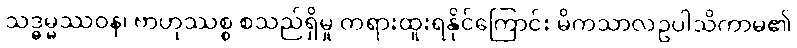
သဒ္ဓမ္မဿဝန၊ ဗာဟုဿစ္စ စသည်ရှိမှု တရားထူးရနိုင်ကြောင်း မိကသာလဥပါသိကာမ၏